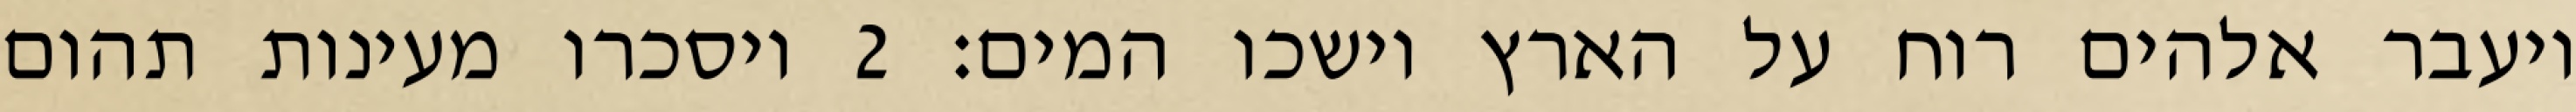
ויעבר אלהים רוח על הארץ וישכו המים׃ ‎2‏ ויסכרו מעינות תהום